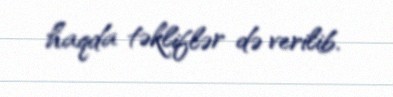
haqda təkliflər də verilib.